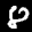
Label: 8